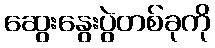
ဆွေးနွေးပွဲတစ်ခုကို